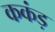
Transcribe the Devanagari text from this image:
ककंड़